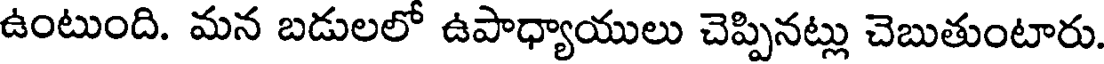
ఉంటుంది. మన బడులలో ఉపాధ్యాయులు చెప్పినట్లు చెబుతుంటారు